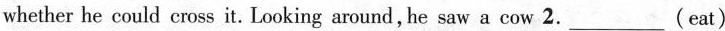
whether he could cross it. Looking around, he saw a cow 2.___(eat)